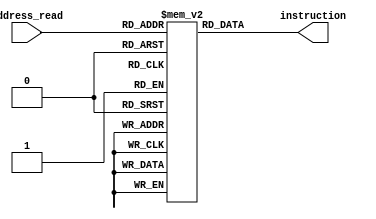
module instruction_memory (
    // input clk,
    input [4:0] address_read,
    output reg [7:0] instruction
);
    reg [7:0] instruction_file [31:0];
    always @(*) begin
        instruction <= instruction_file [address_read];
    end
    initial begin
        instruction_file [0] = 8'h00; // load a 
        instruction_file [1] = 8'h21; // l0ad b 
        instruction_file [2] = 8'he0; // add
        instruction_file [3] = 8'h22; // load b
        instruction_file [4] = 8'he1; // sub
        instruction_file [5] = 8'h43; // store
        instruction_file [6] = 8'h86; // jmp
    end
endmodule